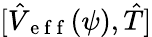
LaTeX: [\hat{V}_{\mathrm{~e~f~f~}}(\psi),\hat{T}]